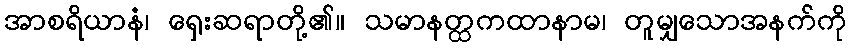
အာစရိယာနံ၊ ရှေးဆရာတို့၏။ သမာနတ္ထကထာနာမ၊ တူမျှသောအနက်ကို